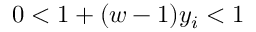
0 < 1 + ( w - 1 ) y _ { i } < 1